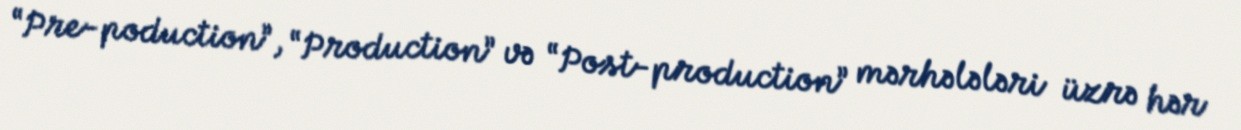
“Pre-poduction”, “Production” və “Post-production” mərhələləri üzrə hər